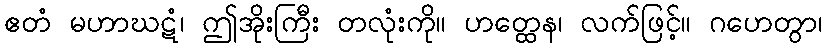
ဧတံ မဟာဃဋံ၊ ဤအိုးကြီး တလုံးကို။ ဟတ္ထေန၊ လက်ဖြင့်။ ဂဟေတွာ၊